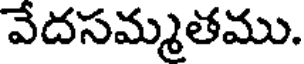
వేదసమ్మతము.